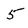
Character: 5